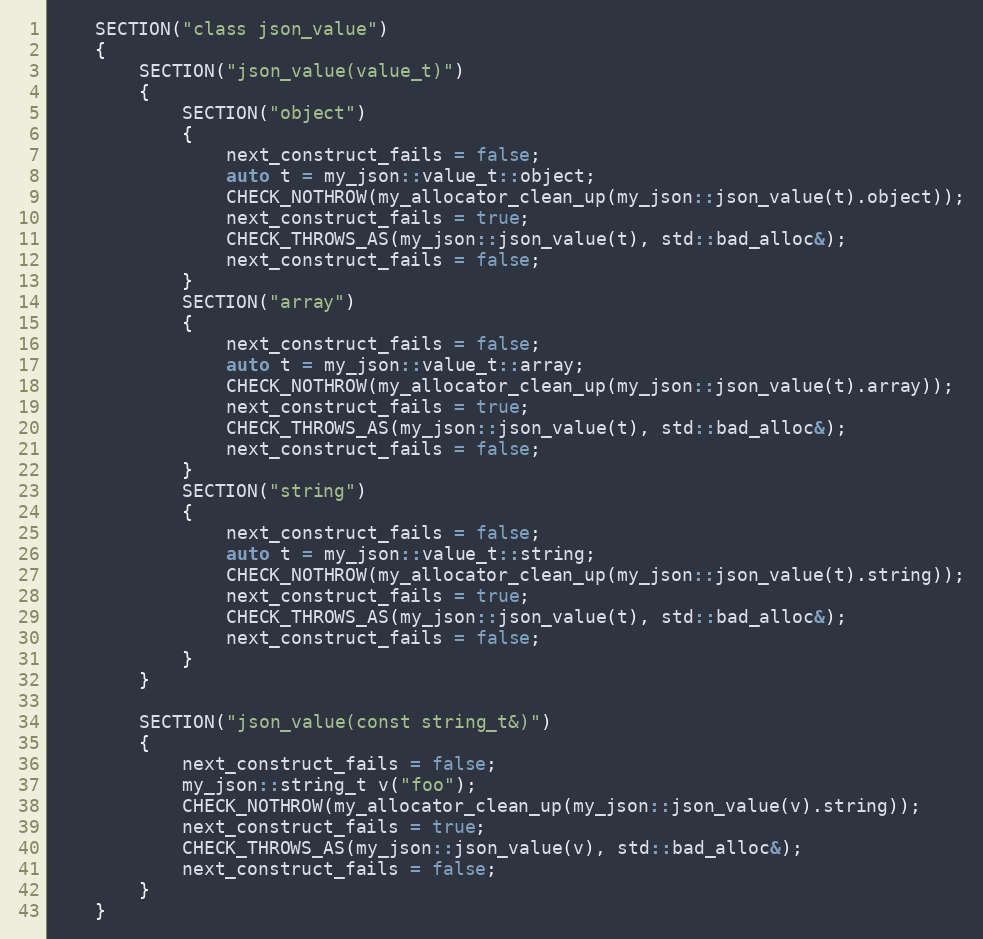
Language: C++
    SECTION("class json_value")
    {
        SECTION("json_value(value_t)")
        {
            SECTION("object")
            {
                next_construct_fails = false;
                auto t = my_json::value_t::object;
                CHECK_NOTHROW(my_allocator_clean_up(my_json::json_value(t).object));
                next_construct_fails = true;
                CHECK_THROWS_AS(my_json::json_value(t), std::bad_alloc&);
                next_construct_fails = false;
            }
            SECTION("array")
            {
                next_construct_fails = false;
                auto t = my_json::value_t::array;
                CHECK_NOTHROW(my_allocator_clean_up(my_json::json_value(t).array));
                next_construct_fails = true;
                CHECK_THROWS_AS(my_json::json_value(t), std::bad_alloc&);
                next_construct_fails = false;
            }
            SECTION("string")
            {
                next_construct_fails = false;
                auto t = my_json::value_t::string;
                CHECK_NOTHROW(my_allocator_clean_up(my_json::json_value(t).string));
                next_construct_fails = true;
                CHECK_THROWS_AS(my_json::json_value(t), std::bad_alloc&);
                next_construct_fails = false;
            }
        }

        SECTION("json_value(const string_t&)")
        {
            next_construct_fails = false;
            my_json::string_t v("foo");
            CHECK_NOTHROW(my_allocator_clean_up(my_json::json_value(v).string));
            next_construct_fails = true;
            CHECK_THROWS_AS(my_json::json_value(v), std::bad_alloc&);
            next_construct_fails = false;
        }
    }